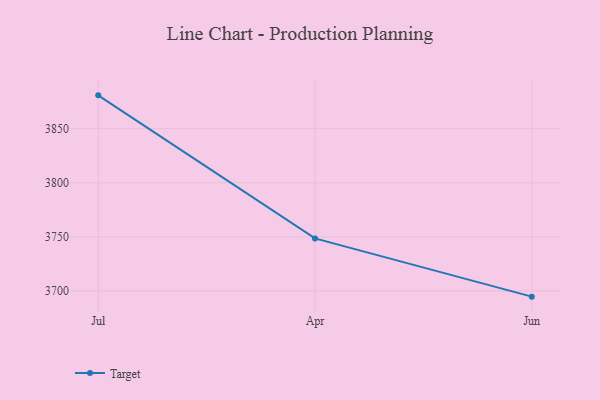
{"axis": {"x": "Month", "y": "Conversion Rate (%)"}, "legend": ["Target"], "data": [{"x": "Jul", "y": 3880.8, "type": "Target"}, {"x": "Apr", "y": 3748.6, "type": "Target"}, {"x": "Jun", "y": 3694.8, "type": "Target"}]}